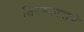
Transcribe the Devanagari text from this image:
तिरस्काराचे